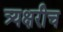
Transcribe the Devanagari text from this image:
त्र्यक्षरीच